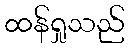
ထန်ရှုသည်